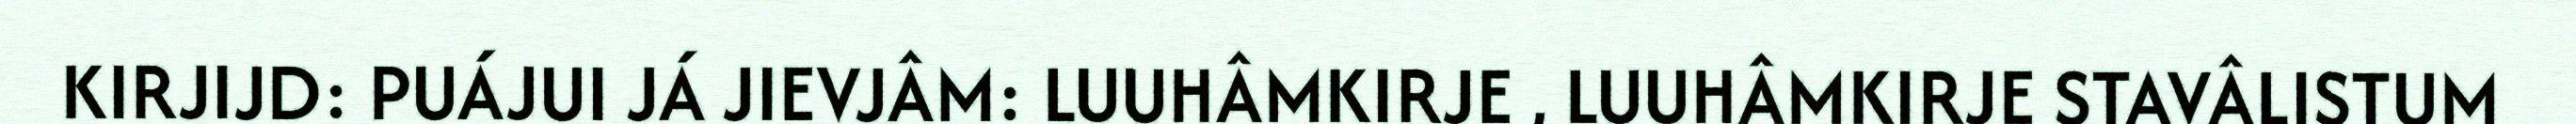
KIRJIJD: PUÁJUI JÁ JIEVJÂM: LUUHÂMKIRJE , LUUHÂMKIRJE STAVÂLISTUM